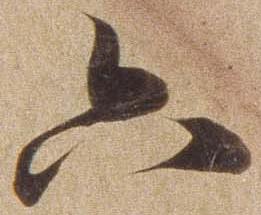
六